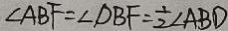
\angle A B F = \angle D B F = \frac { 1 } { 2 } \angle A B D